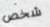
شخص